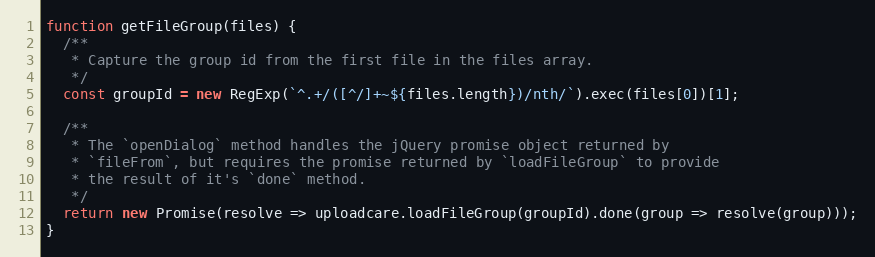
Language: JavaScript
function getFileGroup(files) {
  /**
   * Capture the group id from the first file in the files array.
   */
  const groupId = new RegExp(`^.+/([^/]+~${files.length})/nth/`).exec(files[0])[1];

  /**
   * The `openDialog` method handles the jQuery promise object returned by
   * `fileFrom`, but requires the promise returned by `loadFileGroup` to provide
   * the result of it's `done` method.
   */
  return new Promise(resolve => uploadcare.loadFileGroup(groupId).done(group => resolve(group)));
}